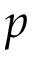
p